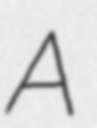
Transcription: A